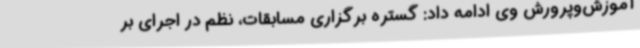
آموزش‌وپرورش وی ادامه داد: گستره برگزاری مسابقات، نظم در اجرای بر